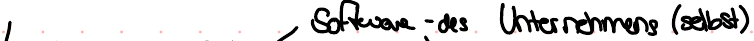
Software - des Unternehmens (selbst)